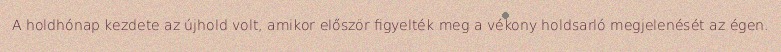
A holdhónap kezdete az újhold volt, amikor először figyelték meg a vékony holdsarló megjelenését az égen.